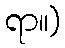
ရာ။)